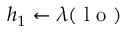
h _ { 1 } \gets \lambda ( \mathrm { ~ l ~ o ~ } )